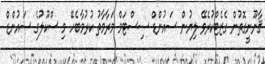
ޤާނޫނީގޮތުން ގެޒެޓްކުރެވޭ ލިޔުން ސައުންޑް ސިސްޓަމް މަރާމާތު ކުރުމާބެހޭ މި ސްކޫލުގެ ސައުންޑް